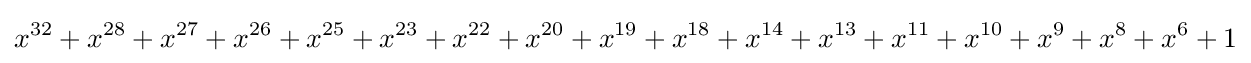
x^{32}+x^{28}+x^{27}+x^{26}+x^{25}+x^{23}+x^{22}+x^{20}+x^{19}+x^{18}+x^{14}+x^{13}+x^{11}+x^{10}+x^{9}+x^{8}+x^{6}+1